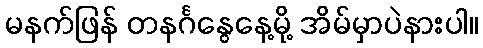
မနက်ဖြန် တနင်္ဂနွေနေ့မို့ အိမ်မှာပဲနားပါ။